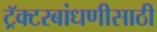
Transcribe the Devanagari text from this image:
ट्रॅक्टरबांधणीसाठी